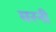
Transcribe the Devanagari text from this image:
घरनी